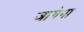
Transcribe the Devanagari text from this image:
जागेगा